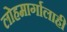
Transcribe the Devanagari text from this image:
लोहमार्गालाही